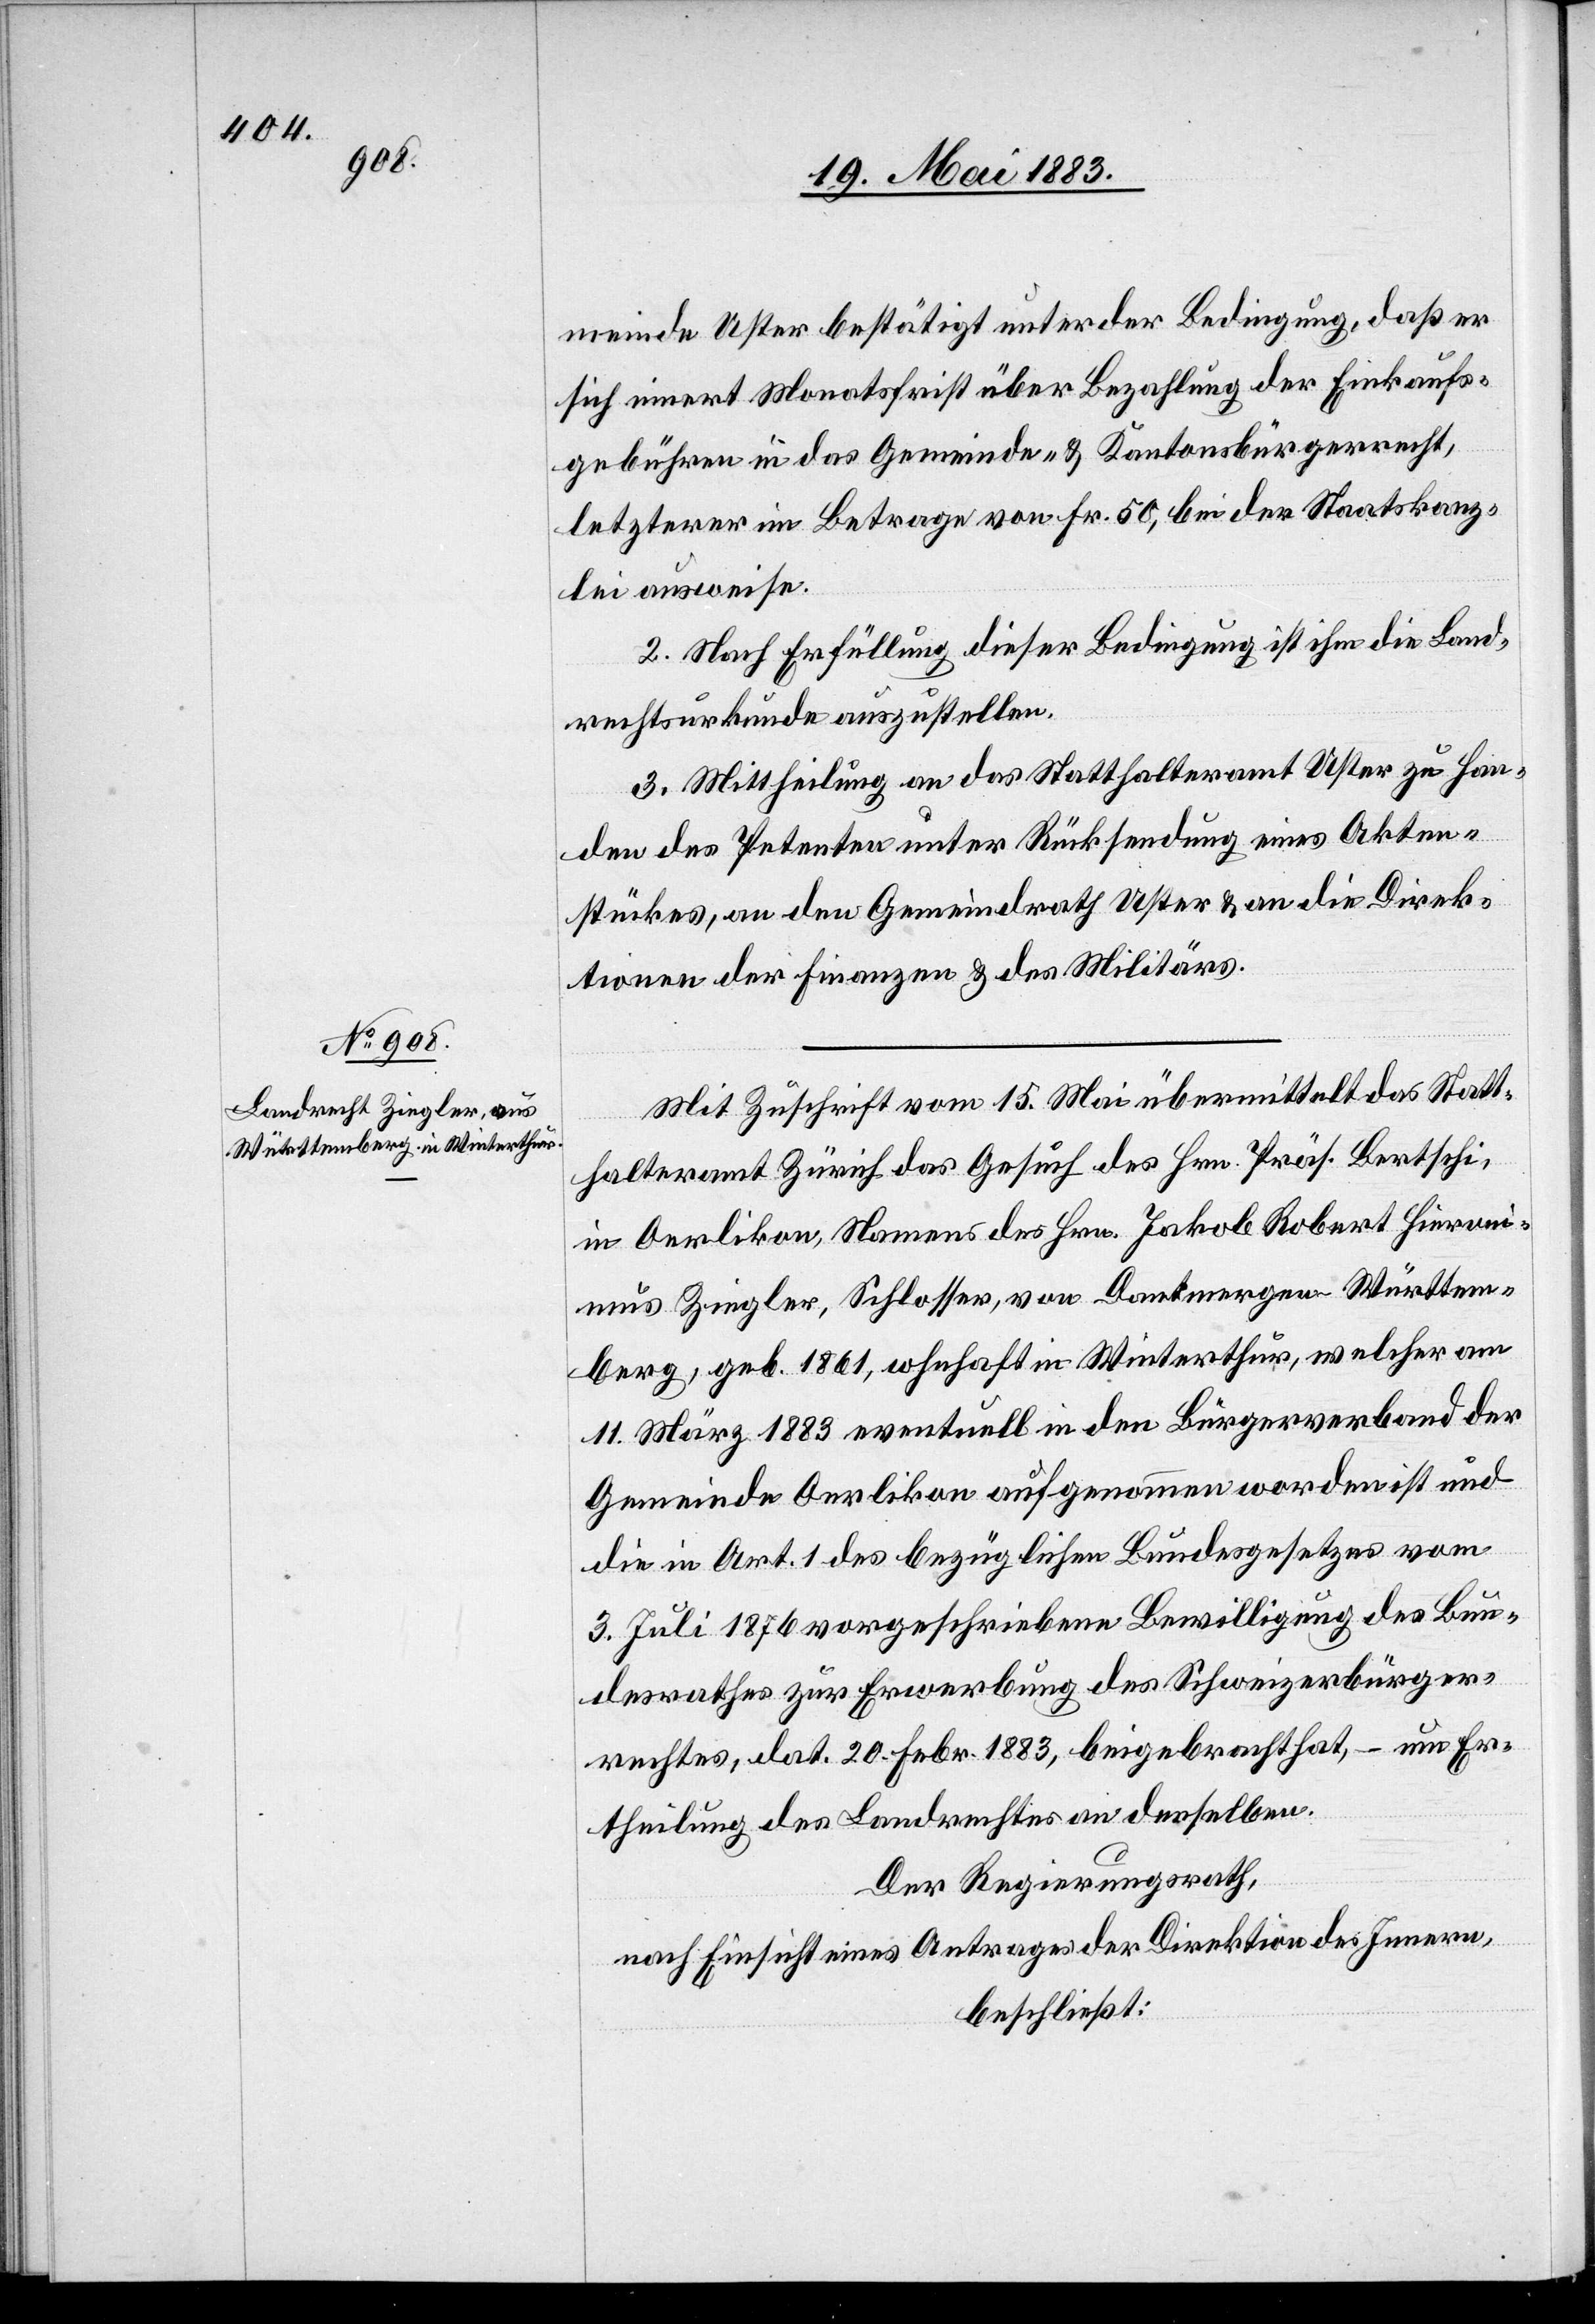
meinde Uster bestätigt unter der Bedingung, daß er
sich innert Monatsfrist über Bezahlung der Einkaufs¬
gebühren in das Gemeinde- & Kantonsbürgerrecht,
letzterer im Betrage von Fr. 50, bei der Staatskanz¬
lei ausweise.
2. Nach Erfüllung dieser Bedingung ist ihm die Land¬
rechtsurkunde auszustellen.
3. Mittheilung an das Statthalteramt Uster zu Han¬
den des Petenten unter Rücksendung eines Akten¬
stückes, an den Gemeindrath Uster & an die Direk¬
tionen der Finanzen & des Militärs.
Mit Zuschrift vom 15. Mai übermittelte das Statt¬
halteramt Zürich das Gesuch des Hrn. Präs. Bertschi,
in Oerlikon, Namens des Hrn. Jakob Robert Hieroni¬
mus Ziegler, Schlosser, von Dantmergen - Württem¬
berg, geb. 1861, w[o]hnhaft in Winterthur, welcher am
11. März 1883 eventuell in den Bürgerverband der
Gemeinde Oerlikon aufgenommen worden ist &
die in Art. 1 des bezüglichen Bundesgesetzes vom
3. Juli 1876 vorgeschriebene Bewilligung des Bun¬
desrathes zur Erwerbung des Schweizerbürger¬
rechtes, dat. 20. Febr. 1883, beigebracht hat, – um Er¬
theilung des Landrechtes an denselben.
Der Regierungsrath,
nach Einsicht eines Antrages der Direktion des Innern,
beschließt: